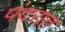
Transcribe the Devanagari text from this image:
पंदरात